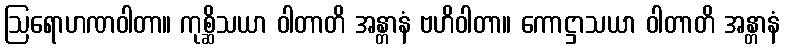
ဩရောဟဏဝါတာ။ ကုစ္ဆိသယာ ဝါတာတိ အန္တာနံ ဗဟိဝါတာ။ ကောဋ္ဌာသယာ ဝါတာတိ အန္တာနံ